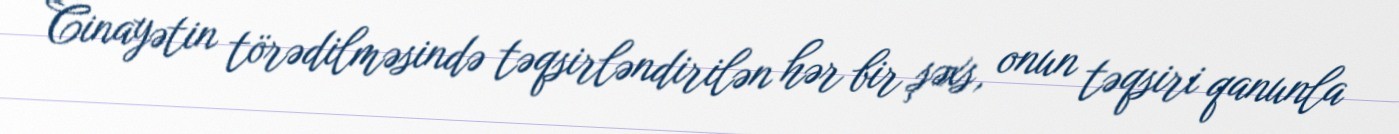
Cinayətin törədilməsində təqsirləndirilən hər bir şəxs, onun təqsiri qanunla